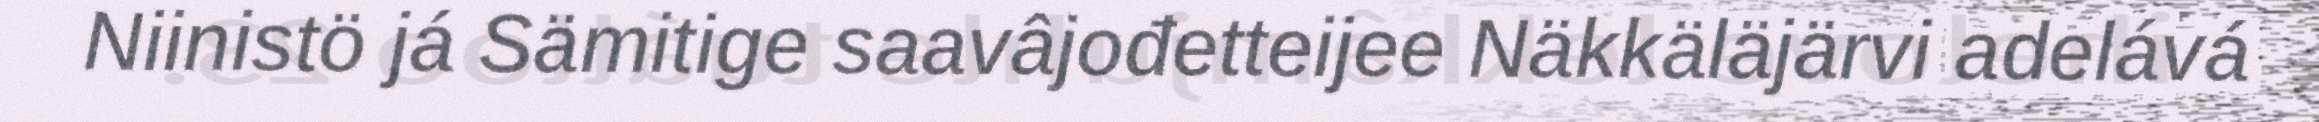
Niinistö já Sämitige saavâjođetteijee Näkkäläjärvi adelává